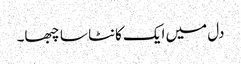
دل میں ایک کانٹا سا چبھا۔